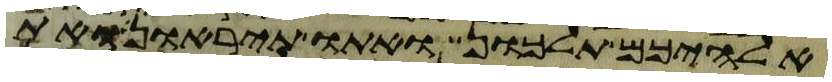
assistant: אלהיכם תלכון ואתו תיראון ואת